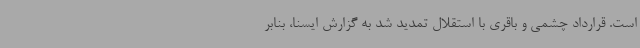
است. قرارداد چشمی و باقری با استقلال تمدید شد به گزارش ایسنا، بنابر